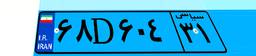
۶۸D۶۰۴۳۱